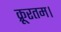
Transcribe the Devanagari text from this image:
क्रूरतम।